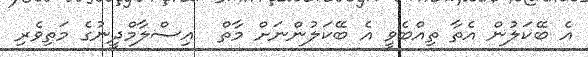
އެ ބޭކަލުން އެތާ ތިއްބެވީ އެ ބޭކަލުންނަށް މާތް  އިސްލާމްދީނުގެ މަތިވެރި